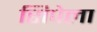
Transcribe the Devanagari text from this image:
सिपेला